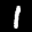
Label: 1